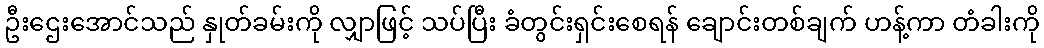
ဦးဌေးအောင်သည် နှုတ်ခမ်းကို လျှာဖြင့် သပ်ပြီး ခံတွင်းရှင်းစေရန် ချောင်းတစ်ချက် ဟန့်ကာ တံခါးကို